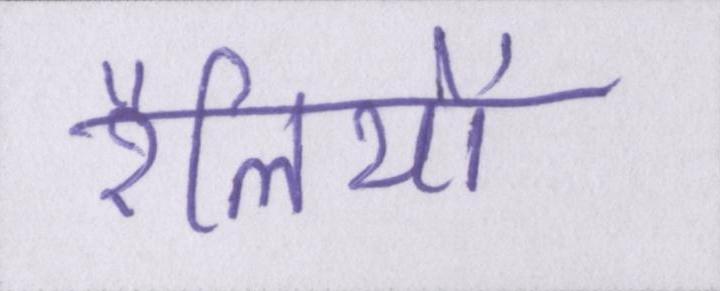
रैलियों